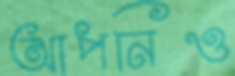
আপনিও